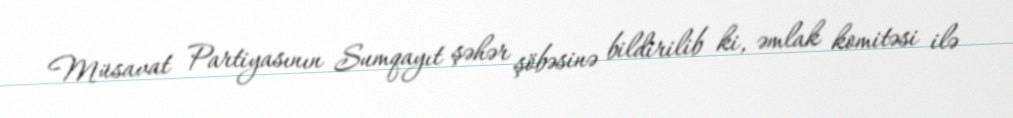
Müsavat Partiyasının Sumqayıt şəhər şöbəsinə bildirilib ki, əmlak komitəsi ilə